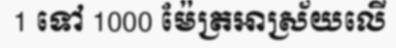
1 ទៅ 1000 ម៉ែត្រអាស្រ័យលើ